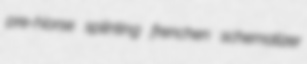
pre-Norse splinting frenchen schematizer